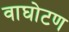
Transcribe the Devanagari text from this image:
वाघोटण